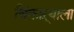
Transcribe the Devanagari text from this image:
चिंकाऱ्याला